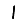
Digit: 1